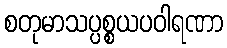
စတုမာသပ္ပစ္စယပဝါရဏာ